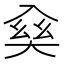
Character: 𠓱